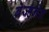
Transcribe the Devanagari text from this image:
ब्रेज्ह्नेव